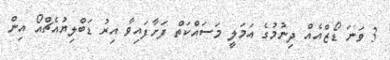
3 ވަނަ ޑޯޒްއެއް ދިނުމުގެ އަމަލީ މަސައްކަތް ފަށާފައިވާ އިރު ޑަބްލިޔުއެޗްއޯ އިން